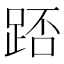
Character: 踎